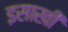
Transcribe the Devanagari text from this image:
इसाखी